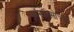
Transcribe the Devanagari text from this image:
मॉस्कोसोच्या